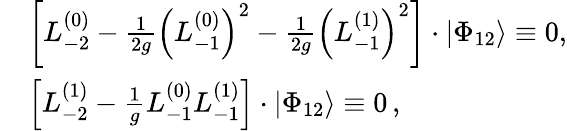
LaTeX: \begin{array}{rl}&{{\left[L_{-2}^{(0)}-\frac{1}{2g}\left(L_{-1}^{(0)}\right)^{2}-\frac{1}{2g}\left(L_{-1}^{(1)}\right)^{2}\right]\cdot\left|\Phi_{12}\right\rangle\equiv 0,}}\\ &{{\left[L_{-2}^{(1)}-\frac{1}{g}L_{-1}^{(0)}L_{-1}^{(1)}\right]\cdot\left|\Phi_{12}\right\rangle\equiv 0\, ,}}\end{array}